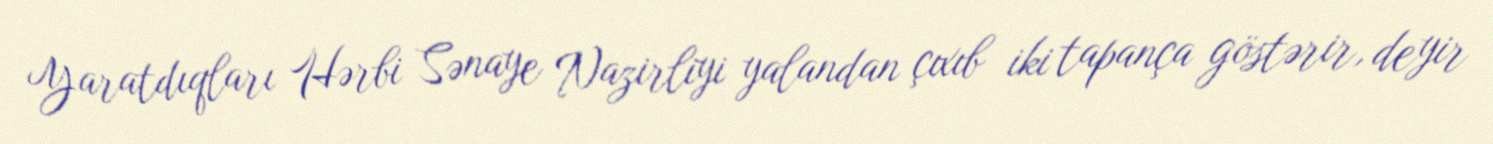
Yaratdıqları Hərbi Sənaye Nazirliyi yalandan çıxıb iki tapança göstərir, deyir